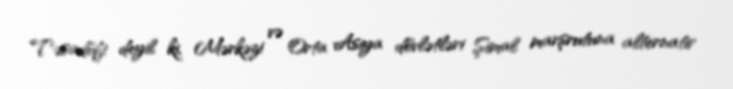
Təsadüfi deyil ki, Mərkəzi və Orta Asiya dövlətləri Şimal marşrutuna alternativ